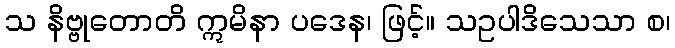
သ နိဗ္ဗုတောတိ ဣမိနာ ပဒေန၊ ဖြင့်။ သဥပါဒိသေသာ စ၊